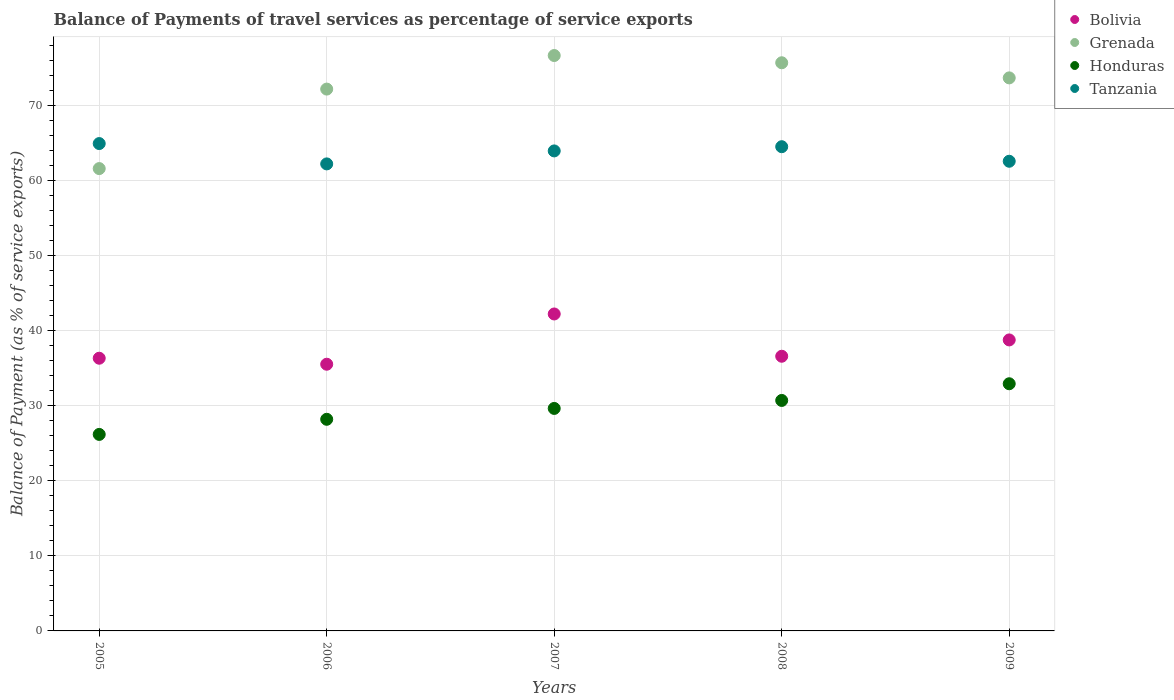
| Years | Bolivia | Grenada | Honduras | Tanzania |
 | --- | --- | --- | --- | --- |
 | 2005 | 36.3 | 61.6 | 26.2 | 64.9 |
 | 2006 | 35.5 | 72.1 | 28.2 | 62.2 |
 | 2007 | 42.2 | 76.6 | 29.6 | 63.9 |
 | 2008 | 36.6 | 75.7 | 30.7 | 64.5 |
 | 2009 | 38.7 | 73.6 | 32.9 | 62.5 |